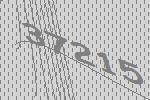
37215